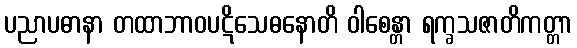
ပညာပဓာနာ တထာဘာဝပဋိသေဓနောတိ ဝါစေန္တာ ရက္ခသဇာတိကတ္တာ